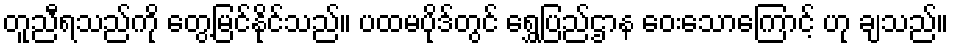
တူညီရသည်ကို တွေ့မြင်နိုင်သည်။ ပထမပိုဒ်တွင် ရွှေပြည်ဌာန ဝေးသောကြောင့် ဟု ချသည်။